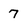
Character: 7